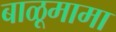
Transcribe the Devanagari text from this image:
बाळूमामा